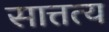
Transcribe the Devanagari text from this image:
सात्तत्य